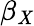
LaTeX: \beta_{\mathit{X}}